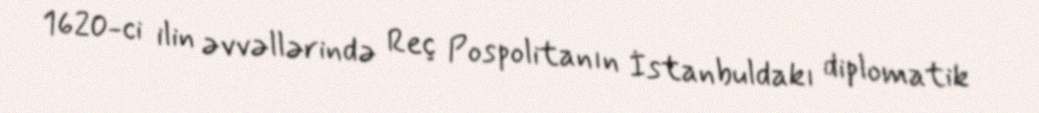
1620-ci ilin əvvəllərində Reç Pospolitanın İstanbuldakı diplomatik